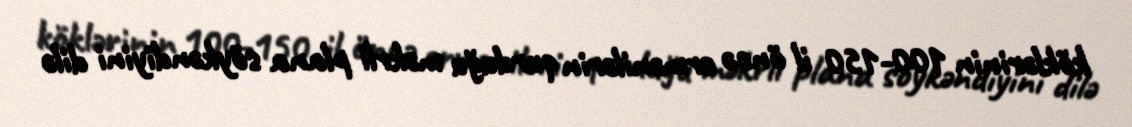
köklərinin 100-150 il öncə ermənilərin qurduğu məkrli plana söykəndiyini dilə